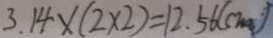
3 . 1 4 \times ( 2 \times 2 ) = 1 2 . 5 6 ( c m ^ { 3 } )